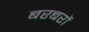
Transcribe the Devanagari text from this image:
बरबरों